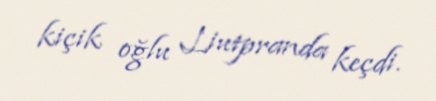
kiçik oğlu Liutpranda keçdi.